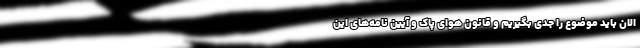
الان باید موضوع را جدی بگیریم و قانون هوای پاک و آیین نامه‌های این